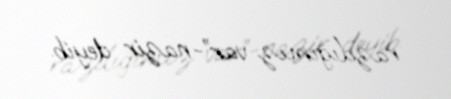
razılığımız var”-nazir deyib.